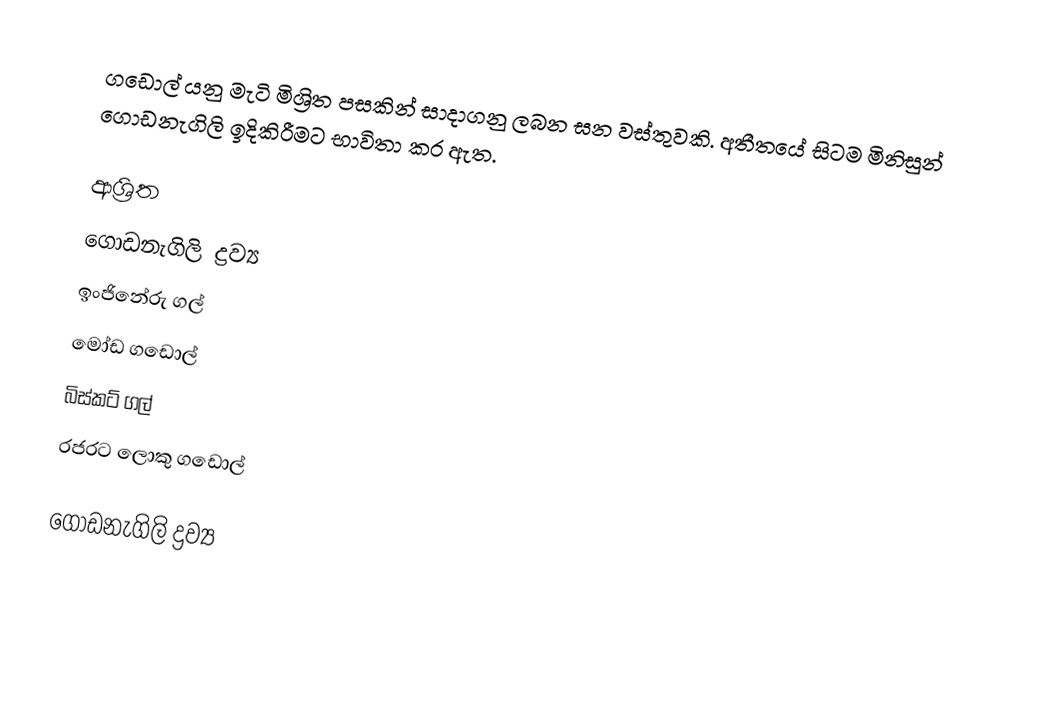
ගඩොල් යනු මැටි මිශ්‍රිත පසකින් සාදාගනු ලබන ඝන වස්තුවකි. අතීතයේ සිටම මිනිසුන් ගොඩනැගිලි ඉදිකිරීමට භාවිතා කර ඇත.

ආශ්‍රිත
 ගොඩනැගිලි ද්‍රව්‍ය
 ඉංජිනේරු ගල්
 මෝඩ ගඩොල්
 බිස්කට් ගල්
 රජරට ලොකු ගඩොල්

ගොඩනැගිලි ද්‍රව්‍ය